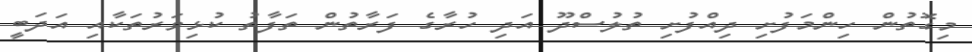
މިގޮތުން ހިންމަފުށި ދިއްފުށި ތުލުސްދޫ އަދި ހުރާގެ ފަރާތުން ތަފާތު ކުޅިވަރުތަކާއި އަދަބީ